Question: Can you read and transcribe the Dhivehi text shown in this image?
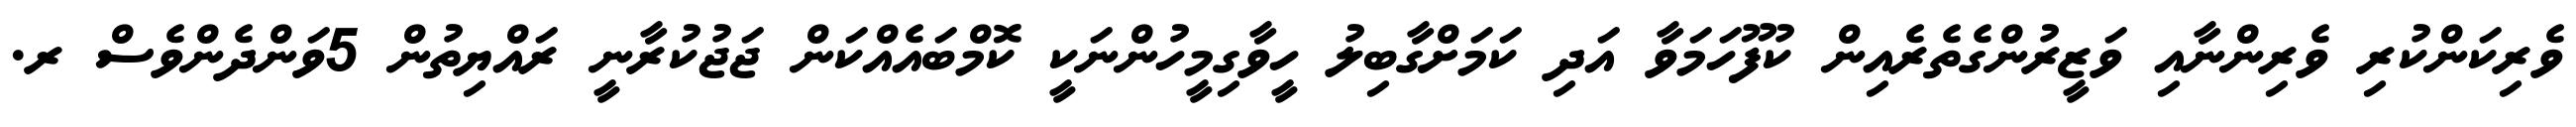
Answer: ވެރިކަންކުރި ވެރިންނާއި ވަޒީރުންގެތެރެއިން ކުފޫހަމަވާ އަދި ކަމަށްގާބިލު ހީވާގިމީހުންނަކީ ކޮމްބައެއްކަން ޖަޖުކުރާނީ ރައްޔިތުން 5ވަންދެންވެސް ރ.